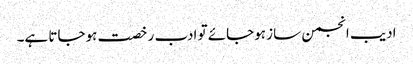
ادیب انجمن ساز ہوجائے تو ادب رخصت ہوجاتا ہے۔